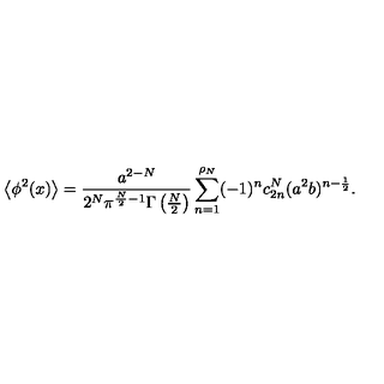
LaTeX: \left< \phi ^ { 2 } ( x ) \right> = { \frac { a ^ { 2 - N } } { 2 ^ { N } \pi ^ { \frac N 2 - 1 } \Gamma \left( \frac N 2 \right) } } \sum _ { n = 1 } ^ { \rho _ { N } } ( - 1 ) ^ { n } c _ { 2 n } ^ { N } ( a ^ { 2 } b ) ^ { n - \frac 1 2 } .